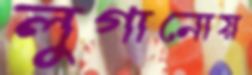
লুগানোয়